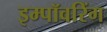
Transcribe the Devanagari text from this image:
इम्पॉवरिंग